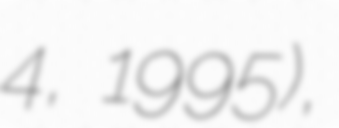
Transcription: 4, 1995),